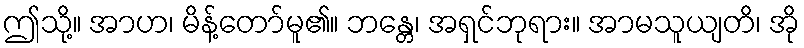
ဤသို့။ အာဟ၊ မိန့်တော်မူ၏။ ဘန္တေ၊ အရှင်ဘုရား။ အာမသူယျတိ၊ အို